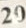
20